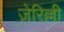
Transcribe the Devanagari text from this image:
ज़ेरिल्ली